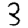
Digit: 3